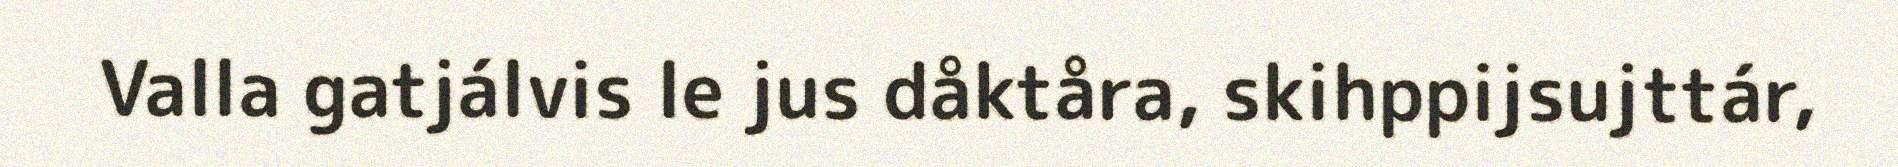
Valla gatjálvis le jus dåktåra, skihppijsujttár,